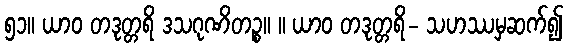
၅၁။ ယာဝ တဒုတ္တရိ ဒသဂုဏိတဉ္စ။ ။ ယာဝ တဒုတ္တရိ- သဟဿမှဆက်၍